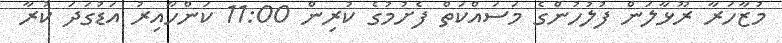
މުޒާހަރާ ރޫޅާލަން ފުލުހުންގެ މަސައްކަތް ފެށުމުގެ ކުރިން 11:00 ކަންހާއިރު އަޑުގަދަ ކުރާ